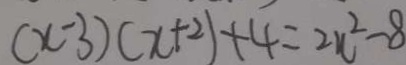
( x - 3 ) ( x + 2 ) + 4 = 2 x ^ { 2 } - 8